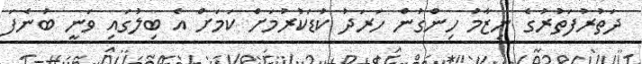
ދަތުރުފަތުރުގެ ނިޒާމު ހިންގުން ހަރަދު ކުޑަކުރުމަށް ކަމަށް އެ ބިލުގައި ވަނީ ބުނެފަ